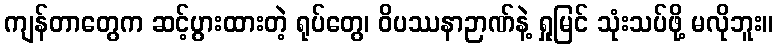
ကျန်တာတွေက ဆင့်ပွားထားတဲ့ ရုပ်တွေ၊ ဝိပဿနာဉာဏ်နဲ့ ရှုမြင် သုံးသပ်ဖို့ မလိုဘူး။